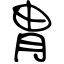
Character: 胄